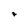
Character: 7